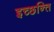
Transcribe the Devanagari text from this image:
इच्छन्ति